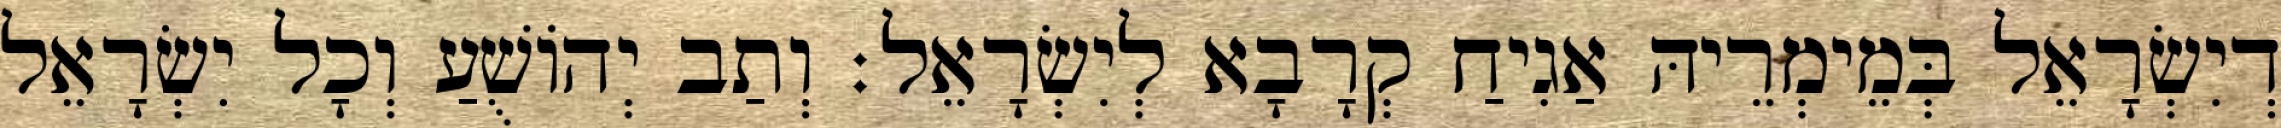
דְיִשְׂרָאֵל בְּמֵימְרֵיהּ אַגִיחַ קְרָבָא לְיִשְׂרָאֵל׃ וְתַב יְהוֹשֻׁעַ וְכָל יִשְׂרָאֵל